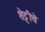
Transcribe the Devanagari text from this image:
शेट्टीचे